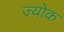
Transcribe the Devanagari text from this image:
ज्योक